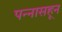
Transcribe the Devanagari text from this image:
पन्‍नासहून